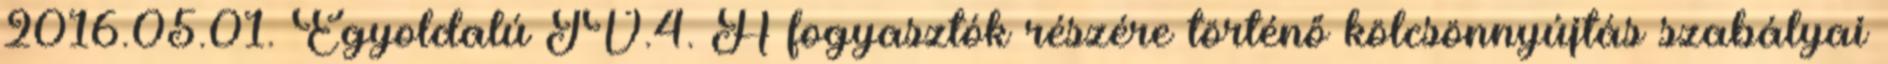
2016.05.01. Egyoldalú IV.4. A fogyasztók részére történő kölcsönnyújtás szabályai